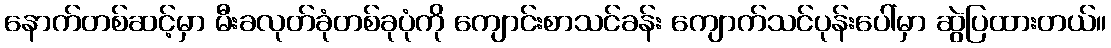
နောက်တစ်ဆင့်မှာ မီးခလုတ်ခုံတစ်ခုပုံကို ကျောင်းစာသင်ခန်း ကျောက်သင်ပုန်းပေါ်မှာ ဆွဲပြထားတယ်။